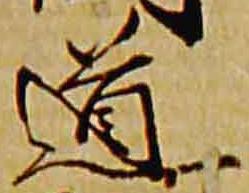
道